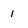
Character: 1